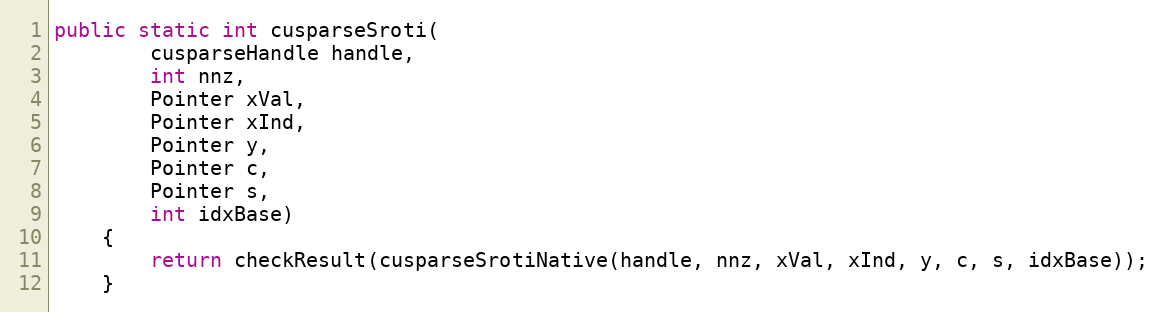
Language: Java
public static int cusparseSroti(
        cusparseHandle handle,
        int nnz,
        Pointer xVal,
        Pointer xInd,
        Pointer y,
        Pointer c,
        Pointer s,
        int idxBase)
    {
        return checkResult(cusparseSrotiNative(handle, nnz, xVal, xInd, y, c, s, idxBase));
    }